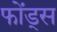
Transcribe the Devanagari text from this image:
फोंड्स